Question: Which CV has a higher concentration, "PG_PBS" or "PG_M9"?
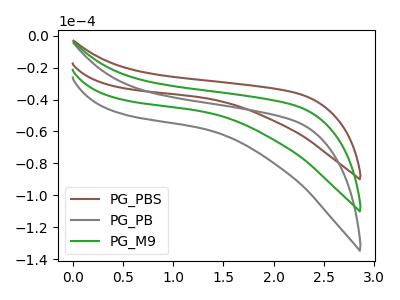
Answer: <think>The brown curve "PG_PBS" has no peaks. The gray curve "PG_PB" has no peaks. The green curve "PG_M9" has no peaks.
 Neither "PG_PBS" or "PG_M9" have any peaks.</think>
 <answer>I cant tell if "PG_PBS" or "PG_M9" has higher concentration.</answer>
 <eval>mixed_concentration</eval>